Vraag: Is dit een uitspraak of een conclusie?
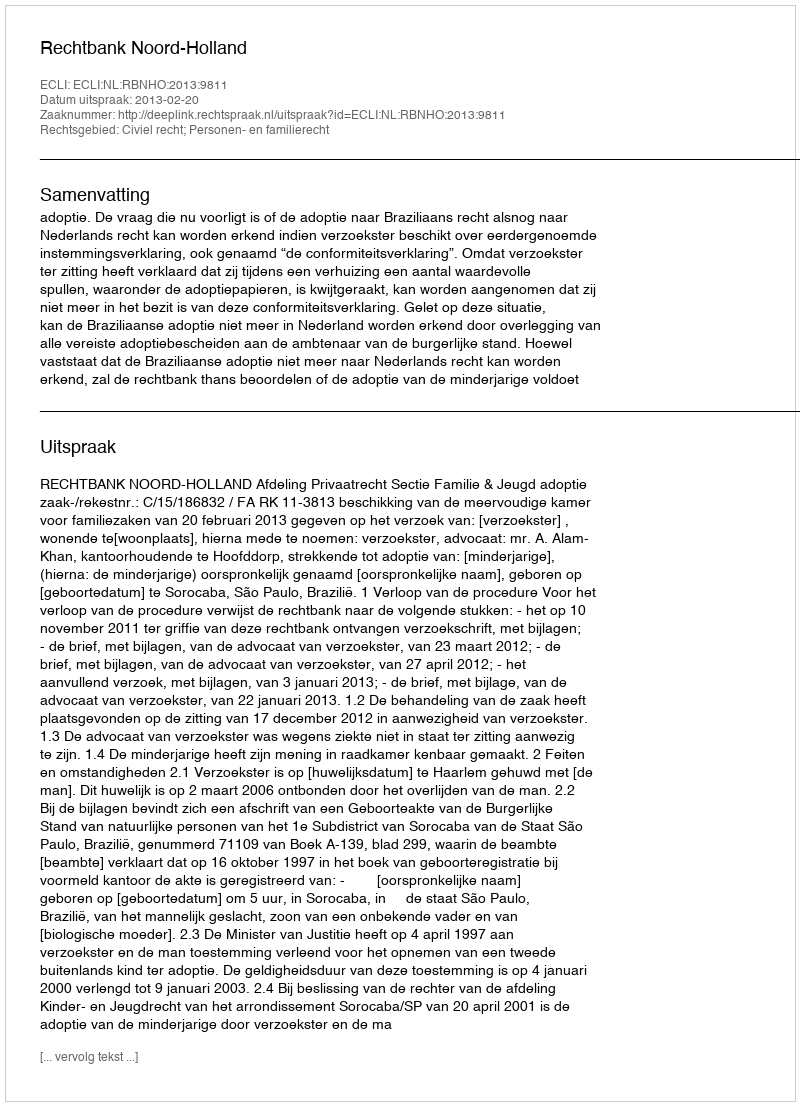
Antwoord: Uitspraak